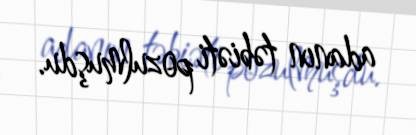
adanın təbiəti pozulmuşdu.